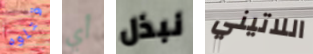
قتلوه أي نبذل اللاتيني